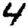
Digit: 4